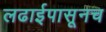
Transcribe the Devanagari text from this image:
लढाईपासूनच